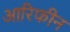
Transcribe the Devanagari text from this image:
आरिफीन